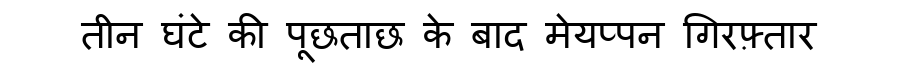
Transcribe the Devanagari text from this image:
तीन घंटे की पूछताछ के बाद मेयप्पन गिरफ़्तार